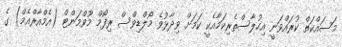
މަސައްކަތް ކުރައްވަނީ އިހުލާސްތެރިކަމާއެކީ ކަމަށް ވިދާޅުވެ މޯލްޑިވްސް ރިފޯމް މޫވްމަންޓް (އެމްއާރްއެމް) ގެ